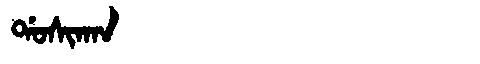
Manchu: ᡩᠣᠰᡳᡴᠠᠨ
Romanization: DOSIKAN